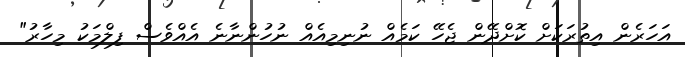
އަހަރެން އިތުރަކަށް ކޮށްދޭން ޖެހޭ ކަމެއް ނުނިމިއެއް ނުހުންނާނެ އެއްވެސް ފިލްމަކު މިހާރު"